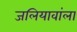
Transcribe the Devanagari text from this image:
जलियावांला